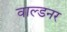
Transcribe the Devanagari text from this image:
वाल्डनर